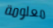
معلومة